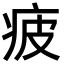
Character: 疲